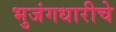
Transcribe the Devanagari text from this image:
भुजंगधारीचे